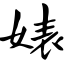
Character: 婊